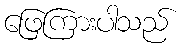
ဖြေကြားပါသည်